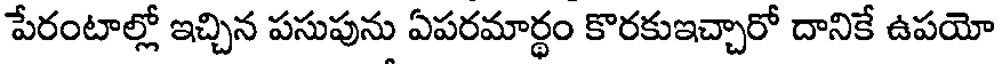
పేరంటాల్లో ఇచ్చిన పసుపును ఏపరమార్థం కొరకుఇచ్చారో దానికే ఉపయో